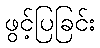
ဖွင့်ပြခြင်း